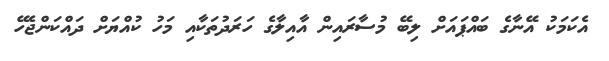
އެކަމަކު އޭނާގެ ބައްޕައަށް ލިބޭ މުސާރައިން އާއިލާގެ ހަރަދުތަކާއި މަހު ކުއްޔަށް ދައްކަންޖެހޭ